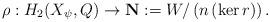
LaTeX: \begin{align*}\rho: H_2(X_\psi,Q) \to \mathbf{N} := W/\left(n\left(\ker r\right)\right).\end{align*}